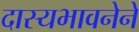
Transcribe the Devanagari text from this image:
दास्यभावनेने